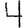
Digit: 4